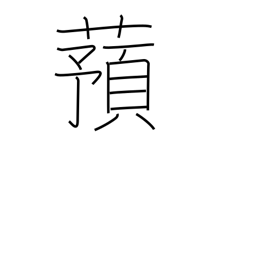
Meaning: yam